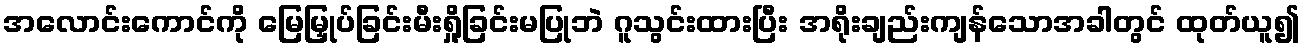
အလောင်းကောင်ကို မြေမြှုပ်ခြင်းမီးရှို့ခြင်းမပြုဘဲ ဂူသွင်းထားပြီး အရိုးချည်းကျန်သောအခါတွင် ထုတ်ယူ၍